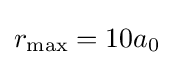
r_{\mathrm {max} }=10a_{0}